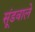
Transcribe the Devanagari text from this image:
सूंडवाले